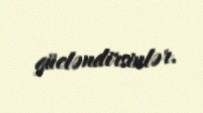
gücləndirsinlər.